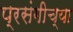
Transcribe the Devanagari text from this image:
प्रसंगीच्या